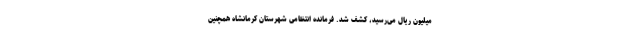
میلیون ریال می‌رسید، کشف شد. فرمانده انتظامی شهرستان کرمانشاه همچنین